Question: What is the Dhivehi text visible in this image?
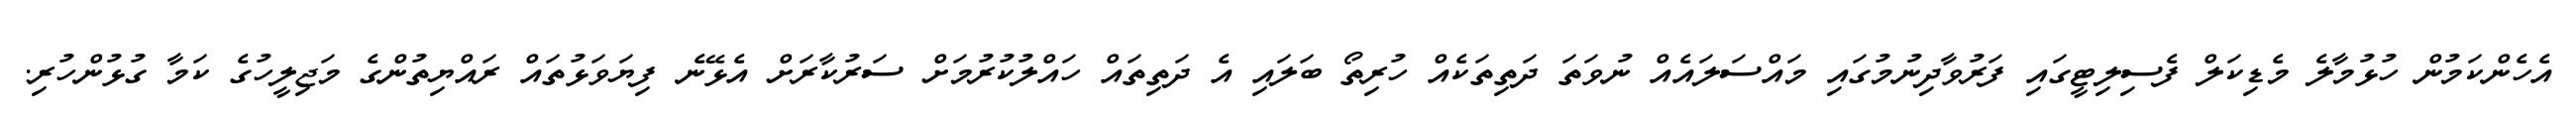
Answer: އެހެންކަމުން ހުޅުމާލެ މެޑިކަލް ފެސިލިޓީގައި ފަރުވާދިނުމުގައި މައްސަލައެއް ނުވަތަ ދަތިތަކެއް ހުރިތޯ ބަލައި އެ ދަތިތައް ހައްލުކުރުމަށް ސަރުކާރަށް އެޅޭނެ ފިޔަވަޅުތައް ރައްޔިތުންގެ މަޖިލީހުގެ ކަމާ ގުޅުންހުރި.